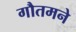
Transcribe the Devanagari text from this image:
गौतमने